Papers set at the Examination for Leaving Certificates, 1891
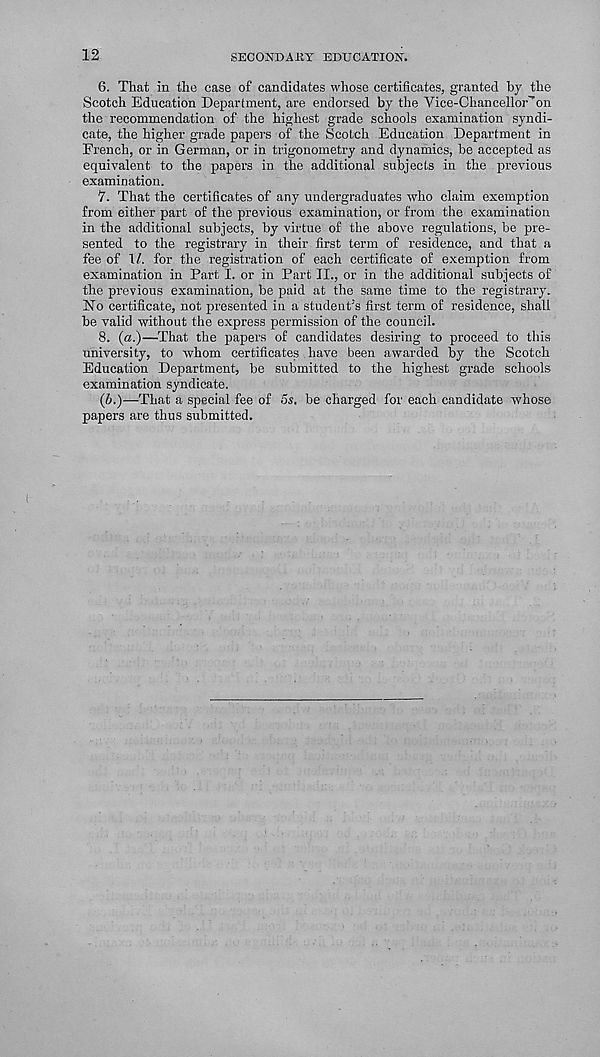
12
SECONDARY EDUCATION.
6. That in the case of candidates whose certificates, granted by the
Scotch Education Department, are endorsed by the Vice-Chancellor''on
the recommendation of the highest grade schools examination syndi-
cate, the higher grade papers of the Scotch Education Department in
French, or in German, or in trigonometry and dynamics, be accepted as
equivalent to the papers in the additional subjects in the previous
examination.
7. That the certificates of any undergraduates who claim exemption
from either part of the previous examination, or from the examination
in the additional subjects, by virtue of the above regulations, be pre-
sented to the registrary in their first term of residence, and that a
fee of 1/. for the registration of each certificate of exemption from
examination in Part I. or in Part II., or in the additional subjects of
the previous examination, be paid at the same time to the registrary.
No certificate, not presented in a student's first term of residence, shall
be valid without the express permission of the council.
8. (a.)—That the papers of candidates desiring to proceed to this
university, to whom certificates have been awarded by the Scotch
Education Department, be submitted to the highest grade schools
examination syndicate.
(b.)—That a special fee of 5s. be charged for each candidate whose
papers are thus submitted.